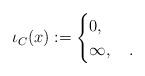
LaTeX: \begin{align*}\iota_C (x):=\begin{cases}0,\,&\\\infty,\,&.\end{cases}\end{align*}